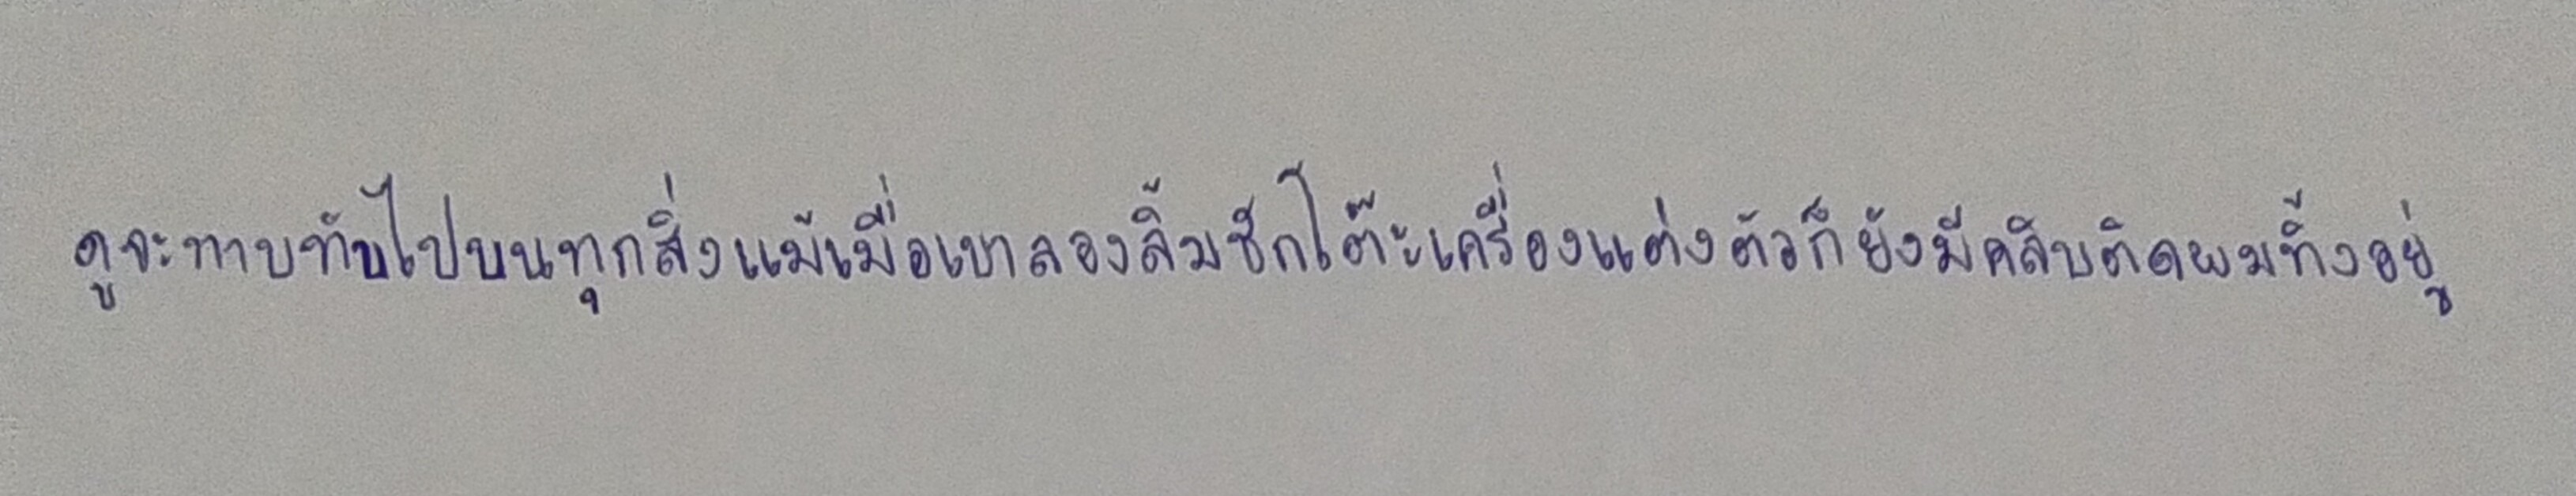
ดูจะทาบทับไปบนทุกสิ่งแม้เมื่อเขาลองลิ้มชักโต๊ะเครื่องแต่งตัวก็ยังมีคลิบติดผมทิ้งอยู่